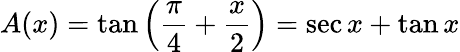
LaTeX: A(x)=\tan\left({\frac{\pi}{4}}+{\frac{x}{2}}\right)=\sec x+\tan x